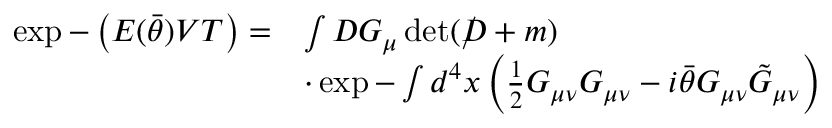
\begin{array} { l l } { { \exp - \left( E ( \bar { \theta } ) V T \right) = } } & { { \int { \cal D } G _ { \mu } \operatorname * { d e t } ( \rlap / D + m ) } } \\ { { } } & { { \cdot \exp - \int d ^ { 4 } x \left( \frac 1 2 G _ { \mu \nu } G _ { \mu \nu } - i \bar { \theta } G _ { \mu \nu } \tilde { G } _ { \mu \nu } \right) } } \end{array}